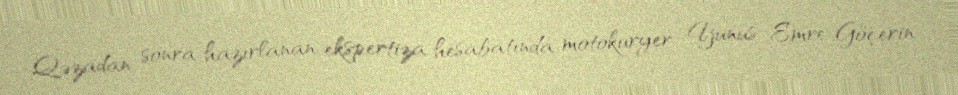
Qəzadan sonra hazırlanan ekspertiza hesabatında motokuryer Yunus Emre Göçerin